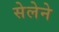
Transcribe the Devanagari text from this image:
सेलेने